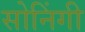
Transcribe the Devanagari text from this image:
सोनिंगी